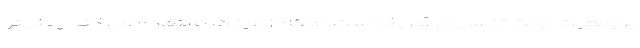
پرجمعیت ایالت تنسی در آمریکا است. او که از عینک استفاده می کند پیش‌تر